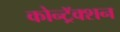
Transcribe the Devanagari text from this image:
कोन्ट्रॅक्शन